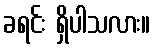
ခရင်း ရှိပါသလား။